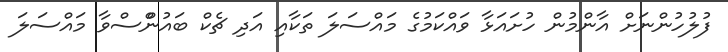
ފުލުހުންނަށް އާންމުން ހުށައަޅާ ވައްކަމުގެ މައްސަލަ ތަކާއި އަދި ޗެކް ބައުންްސްވާ މައްސަލަ